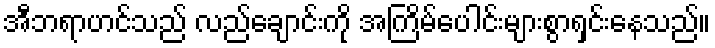
အီဘရာဟင်သည် လည်ချောင်းကို အကြိမ်ပေါင်းများစွာရှင်းနေသည်။